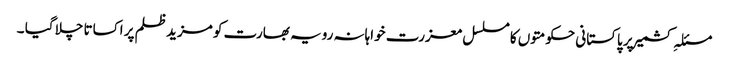
مسئلہِ کشمیر پر پاکستانی حکومتوں کا مسلسل معزرت خواہانہ رویہ بھارت کو مزید ظلم پر اکساتا چلا گیا ۔